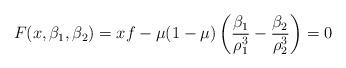
LaTeX: \begin{align*}F(x,\beta_1,\beta_2) = x f - \mu (1-\mu) \left(\frac{\beta_1}{\rho_1^3} -\frac{\beta_2}{\rho_2^3}\right)=0\end{align*}